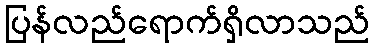
ပြန်လည်ရောက်ရှိလာသည်